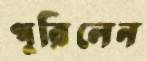
পুরিলেন